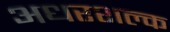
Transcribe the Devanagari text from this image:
अधरशल्क